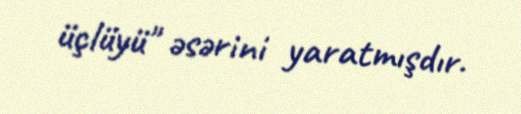
üçlüyü" əsərini yaratmışdır.